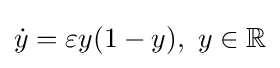
{\dot {y}}=\varepsilon y(1-y),~y\in \mathbb {R}